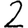
Digit: 2